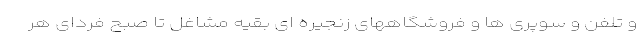
و تلفن و سوپری ها و فروشگاههای زنجیره ای بقیه مشاغل تا صبح فردای هر